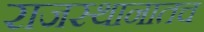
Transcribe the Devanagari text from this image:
राजस्थानातच